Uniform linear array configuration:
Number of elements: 12
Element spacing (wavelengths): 0.75
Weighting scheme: hamming
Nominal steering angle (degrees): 30
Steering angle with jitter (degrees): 30.176
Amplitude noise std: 0.05
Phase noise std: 0.05

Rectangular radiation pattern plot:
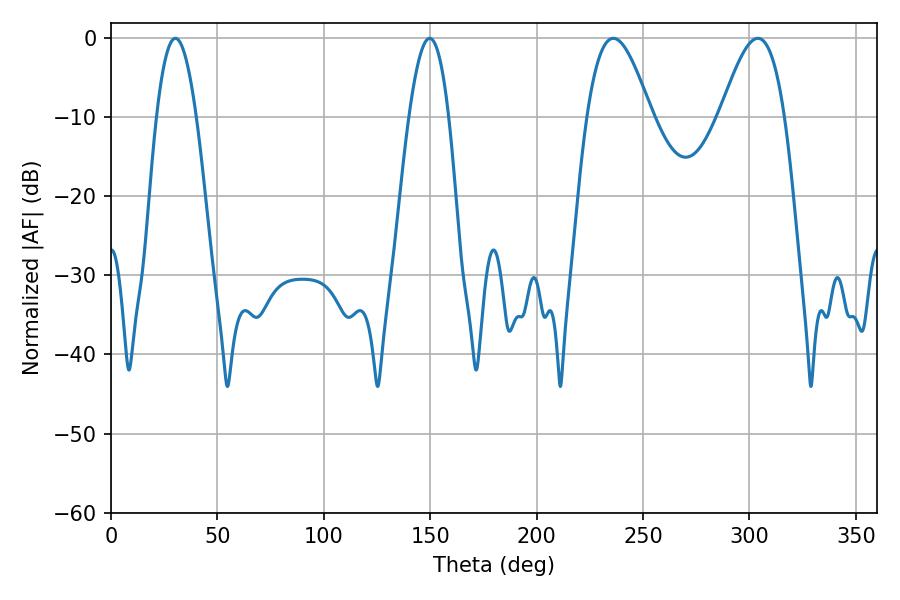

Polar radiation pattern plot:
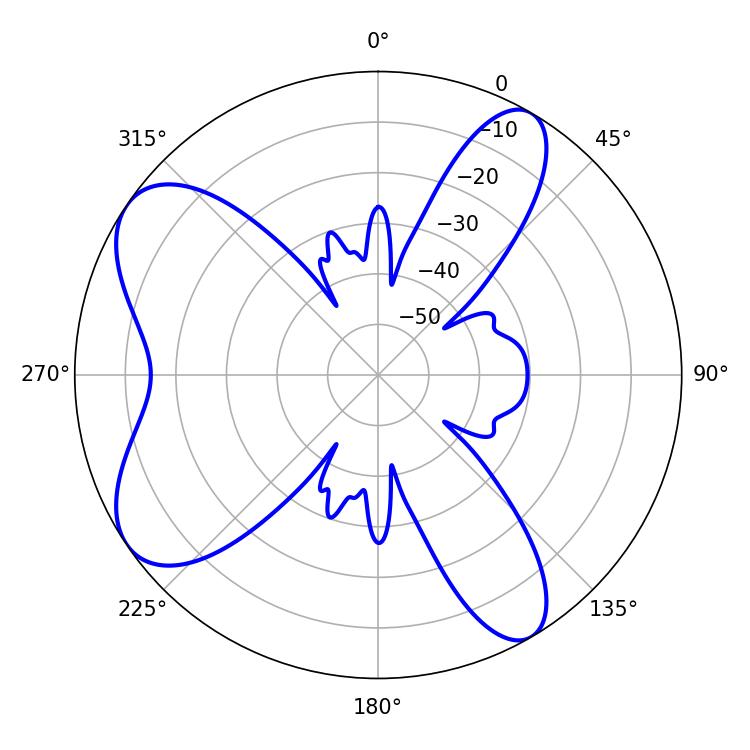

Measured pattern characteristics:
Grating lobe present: TRUE
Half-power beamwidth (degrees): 10.26
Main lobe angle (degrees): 30.24